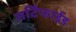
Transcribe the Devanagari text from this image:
सर्टिफाईड